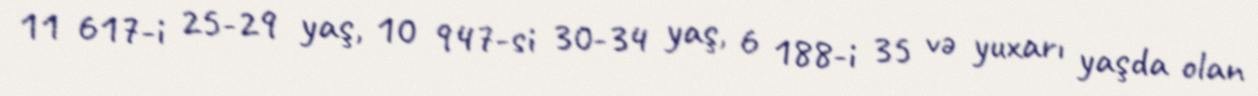
11 617-i 25-29 yaş, 10 947-si 30-34 yaş, 6 188-i 35 və yuxarı yaşda olan